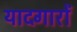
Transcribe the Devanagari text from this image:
यादगारों